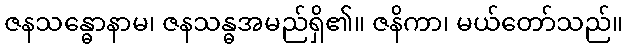
ဇနသန္ဓောနာမ၊ ဇနသန္ဓအမည်ရှိ၏။ ဇနိကာ၊ မယ်တော်သည်။